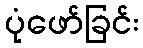
ပုံဖော်ခြင်း